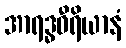
အာရဒ္ဓဝီရိယာနံ